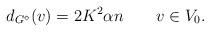
LaTeX: \begin{align*}d_{G^{\diamond}}(v) = 2K^2 \alpha n \ \ \ \ \ \ v \in V_0.\end{align*}